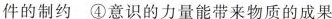
件的制约④意识的力量能带来物质的成果